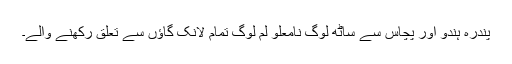
پندرہ ہندو اور پچاس سے ساٹھ لوگ نامعلو لم لوگ تمام لانک گاؤں سے تعلق رکھنے والے۔